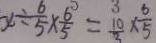
x \div \frac { 6 } { 5 } \times \frac { 6 } { 5 } = \frac { 1 0 } { 3 } \times \frac { 6 } { 5 }